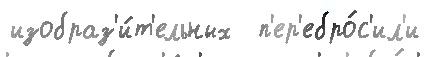
изобраз'и́т'ельных  п'ер'ебро́с'ил'и